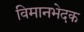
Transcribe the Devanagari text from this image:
विमानभेदक